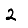
Digit: 2